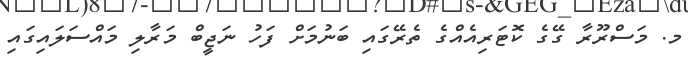
މ. މަސްރޫރާ ގޭގެ ކޮޓަރިއެއްގެ ތެރޭގައި ބަނުމަށް ފަހު ނަޖީބް މަރާލި މައްސަލައިގައި